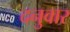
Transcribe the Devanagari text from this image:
दनुवार